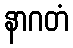
နာဂတံ